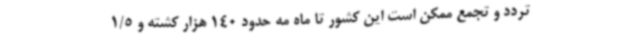
تردد و تجمع ممکن است این کشور تا ماه مه حدود 140 هزار کشته و 1/5